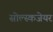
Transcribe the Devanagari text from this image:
सोल्स्कजेयर